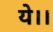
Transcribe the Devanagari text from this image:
ये।।